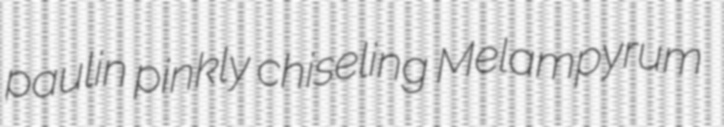
paulin pinkly chiseling Melampyrum